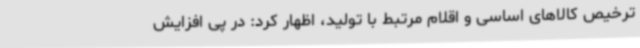
ترخیص کالاهای اساسی و اقلام مرتبط با تولید، اظهار کرد: در پی افزایش